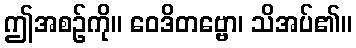
ဤအစဉ်ကို။ ဝေဒိတဗ္ဗော၊ သိအပ်၏။